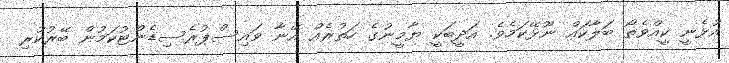
އުޅެނީ ކީއްވެތޯ ބަލާކައް ނޫޅޭކަމެވެ. އަދީބަކީ ޔާމީނުގެ ހަތުރެއް އޭނާ ވައިސްޕުރެސިޑެންޓުކަމުން ބޭރުކުރި